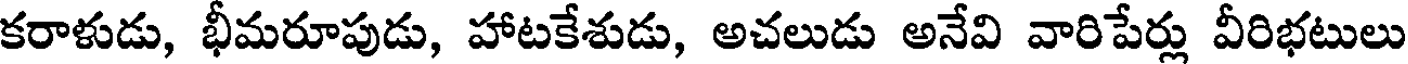
కరాళుడు, భీమరూపుడు, హాటకేశుడు, అచలుడు అనేవి వారిపేర్లు వీరిభటులు